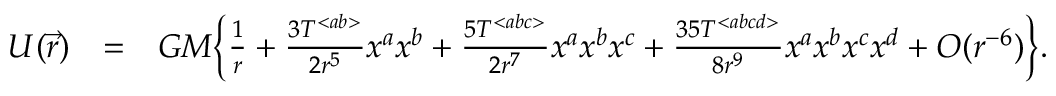
\begin{array} { r l r } { U ( \vec { r } ) } & { = } & { G M \Big \{ \frac { 1 } { r } + \frac { 3 { \cal T } ^ { < a b > } } { 2 r ^ { 5 } } x ^ { a } x ^ { b } + \frac { 5 { \cal T } ^ { < a b c > } } { 2 r ^ { 7 } } x ^ { a } x ^ { b } x ^ { c } + \frac { 3 5 { \cal T } ^ { < a b c d > } } { 8 r ^ { 9 } } x ^ { a } x ^ { b } x ^ { c } x ^ { d } + { \cal O } ( r ^ { - 6 } ) \Big \} . } \end{array}